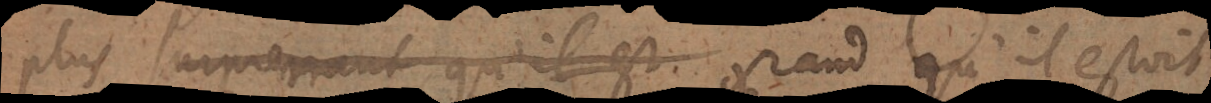
plus surprenant qu’il est grand qu’il estoit